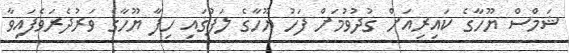
ޝަމްސް ޔޫހާގެ ކައިރިއަށް ގުދުވުމަށް ފަހު ޔޫހާގެ ލަފުގައި ހިފާ ޔޫހާގެ ވަރުދެރަވެފައިވާ